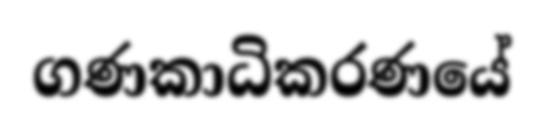
ගණකාධිකරණයේ